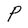
Character: P